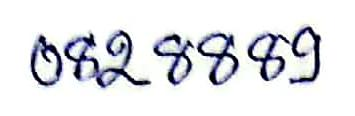
082 8889